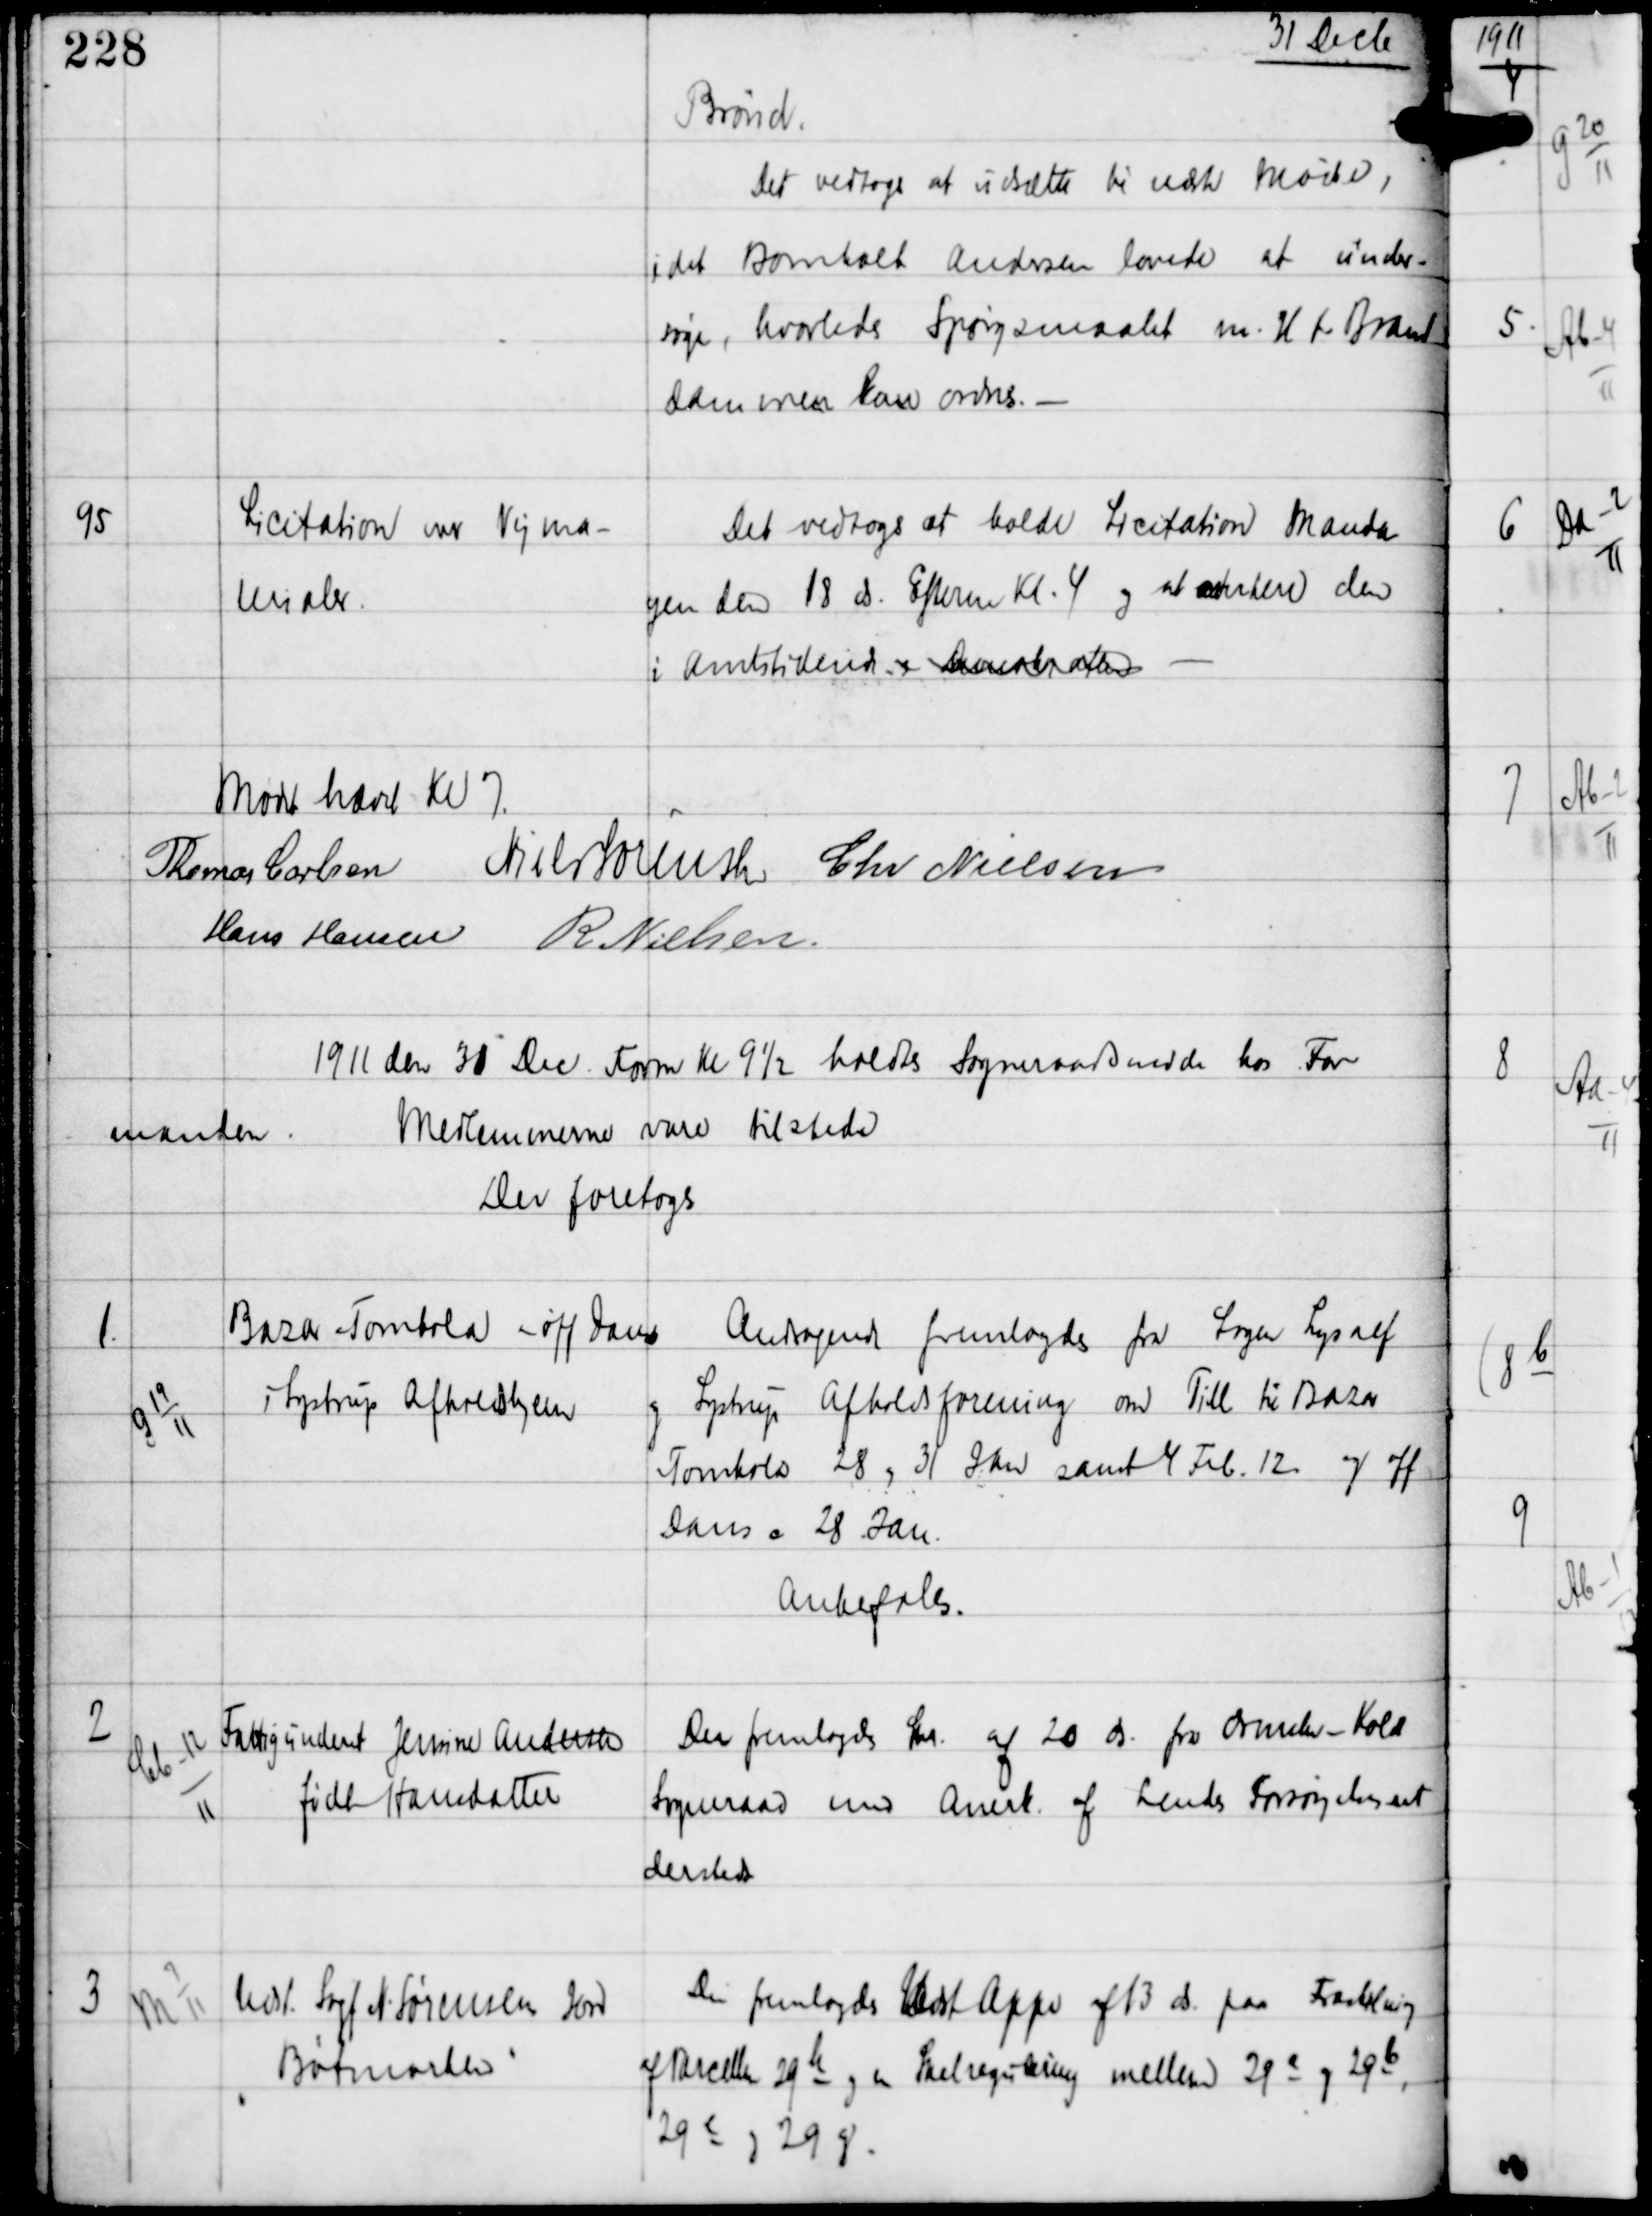
Transskription:
31 Decb

Brønd.
Det vedtoges at udsætte til næste møde,
idet Bomholt Andersen lovede at under-
søge, hvorledes Spørgsmålet m.H.t. Brand
dammen kan ordnes. -

95

Licitation over Vejma-
terialer

Det vedtoges at holde Licitation manda-
gen den 18 ds Efterm Kl. 4 og at xxkere den
i Amtstidende og Demokraten -

Mødet hævet Kl 7
Thomas Carlsen Niels Sørensen Chr Nielsen
Hans Hansen R Nielsen

1911 den 31 Dec Form Kl 9½ holdtes Sogneraadsmøde hos For-
manden
Medlemmerne vare tilstede
Der foretoges

1

G 19
11

Bazar Tombola - off Dans
i Lystrup Afholdshjem

Andragende fremlagdes fra Logen Lysalf
og Lystrup Afholdsforening om Till til Bazar
Tombola 28 og 31 Jan samt 4 Feb 12 og off
Dans c 28 Jan
Anbefaledes.

2

Cb-12
11

Fattigunderst Jensine Andersen
født Hansdatter

Der fremlagdes Skr af 20 ds fra Ormslev-Koldt
Sogneraad med Anerk af hendes Forsørgelsesret
dersted

3

M 7
11

Udst Sagf N Sørensens Jord
"Bøtmarken"

Der fremlagdes Udst Appr af 13 ds paa Fraskelning
af Parcellen 29h og en Skelregulering mellem 29a og 29b,
29c og 29g.